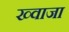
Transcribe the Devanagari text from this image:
ख्‍वाजा